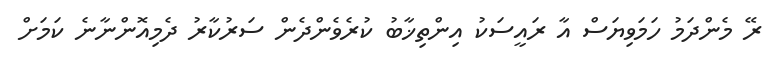
ރޭ މެންދަމު ހަމަވިޔަސް އާ ރައީސަކު އިންތިޚާބު ކުރެވެންދެން ސަރުކާރު ދެމިއޮންނާނެ ކަމަށް